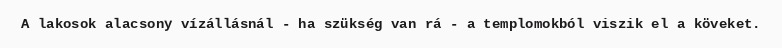
A lakosok alacsony vízállásnál - ha szükség van rá - a templomokból viszik el a köveket.